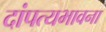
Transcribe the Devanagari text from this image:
दांपत्यभावना